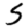
Digit: 5